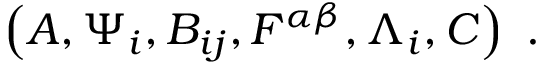
\left( A , \Psi _ { i } , B _ { i j } , { \cal F } ^ { \alpha \beta } , \Lambda _ { i } , C \right) \ .